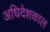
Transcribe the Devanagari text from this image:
अधिदेशकाल